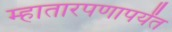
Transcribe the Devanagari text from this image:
म्हातारपणापर्यंत